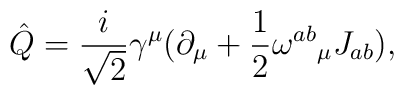
\hat{Q} = \frac{i}{\sqrt{2}}\gamma^\mu (\partial_\mu + \frac{1}{2}{\omega ^{ab}}_\mu J_{ab}) ,